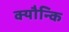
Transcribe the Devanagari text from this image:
क्यौन्कि